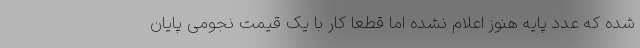
شده که عدد پایه هنوز اعلام نشده اما قطعا کار با یک قیمت نجومی پایان